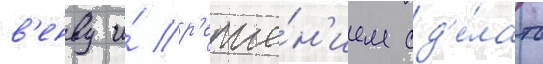
в'енву и́ р'еше́н'ием сд'е́лать